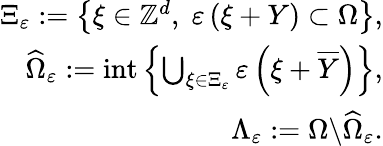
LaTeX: \begin{array}{r}{\Xi_{\varepsilon}:=\left\{ \xi\in\mathbb{Z}^{d},\; \varepsilon\left(\xi+Y\right)\subset\Omega\right\} ,}\\ {\widehat{\Omega}_{\varepsilon}:=\mathrm{int}\left\{ \bigcup_{\xi\in\Xi_{\varepsilon}}\varepsilon\left(\xi+\overline{{Y}}\right)\right\} ,}\\ {\Lambda_{\varepsilon}:=\Omega\backslash\widehat{\Omega}_{\varepsilon}.}\end{array}